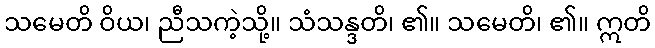
သမေတိ ဝိယ၊ ညီသကဲ့သို့။ သံသန္ဒတိ၊ ၏။ သမေတိ၊ ၏။ ဣတိ